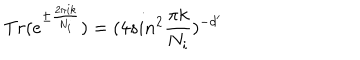
T r ( e ^ { \pm { \frac { 2 \pi i k } { N _ { i } } } } ) = ( 4 s i n ^ { 2 } { \frac { \pi k } { N _ { i } } } ) ^ { - d ^ { \prime } }